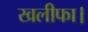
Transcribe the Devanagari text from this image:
खलीफा।